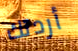
أردتك